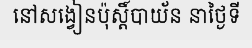
នៅសង្វៀនប៉ុស្តិ៍បាយ័ន នាថ្ងៃទី